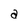
Character: a